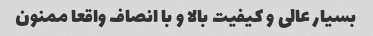
بسیار عالی و کیفیت بالا و با انصاف واقعا ممنون